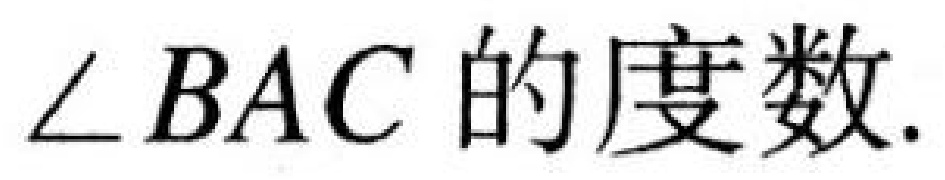
\(\angle BAC\)的度数.